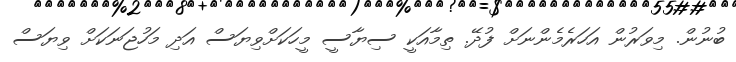
ބުނުން. މިވަރުން އަހަރެމެންނަށް ފުދޭ. ތިމާއަކީ ސިޔާސީ މީހަކަށްވިޔަސް އަދި މަހުޖަނަކަށް ވިޔަސް